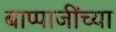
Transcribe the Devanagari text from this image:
बाप्पाजींच्या